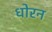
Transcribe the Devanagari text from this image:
धोरन